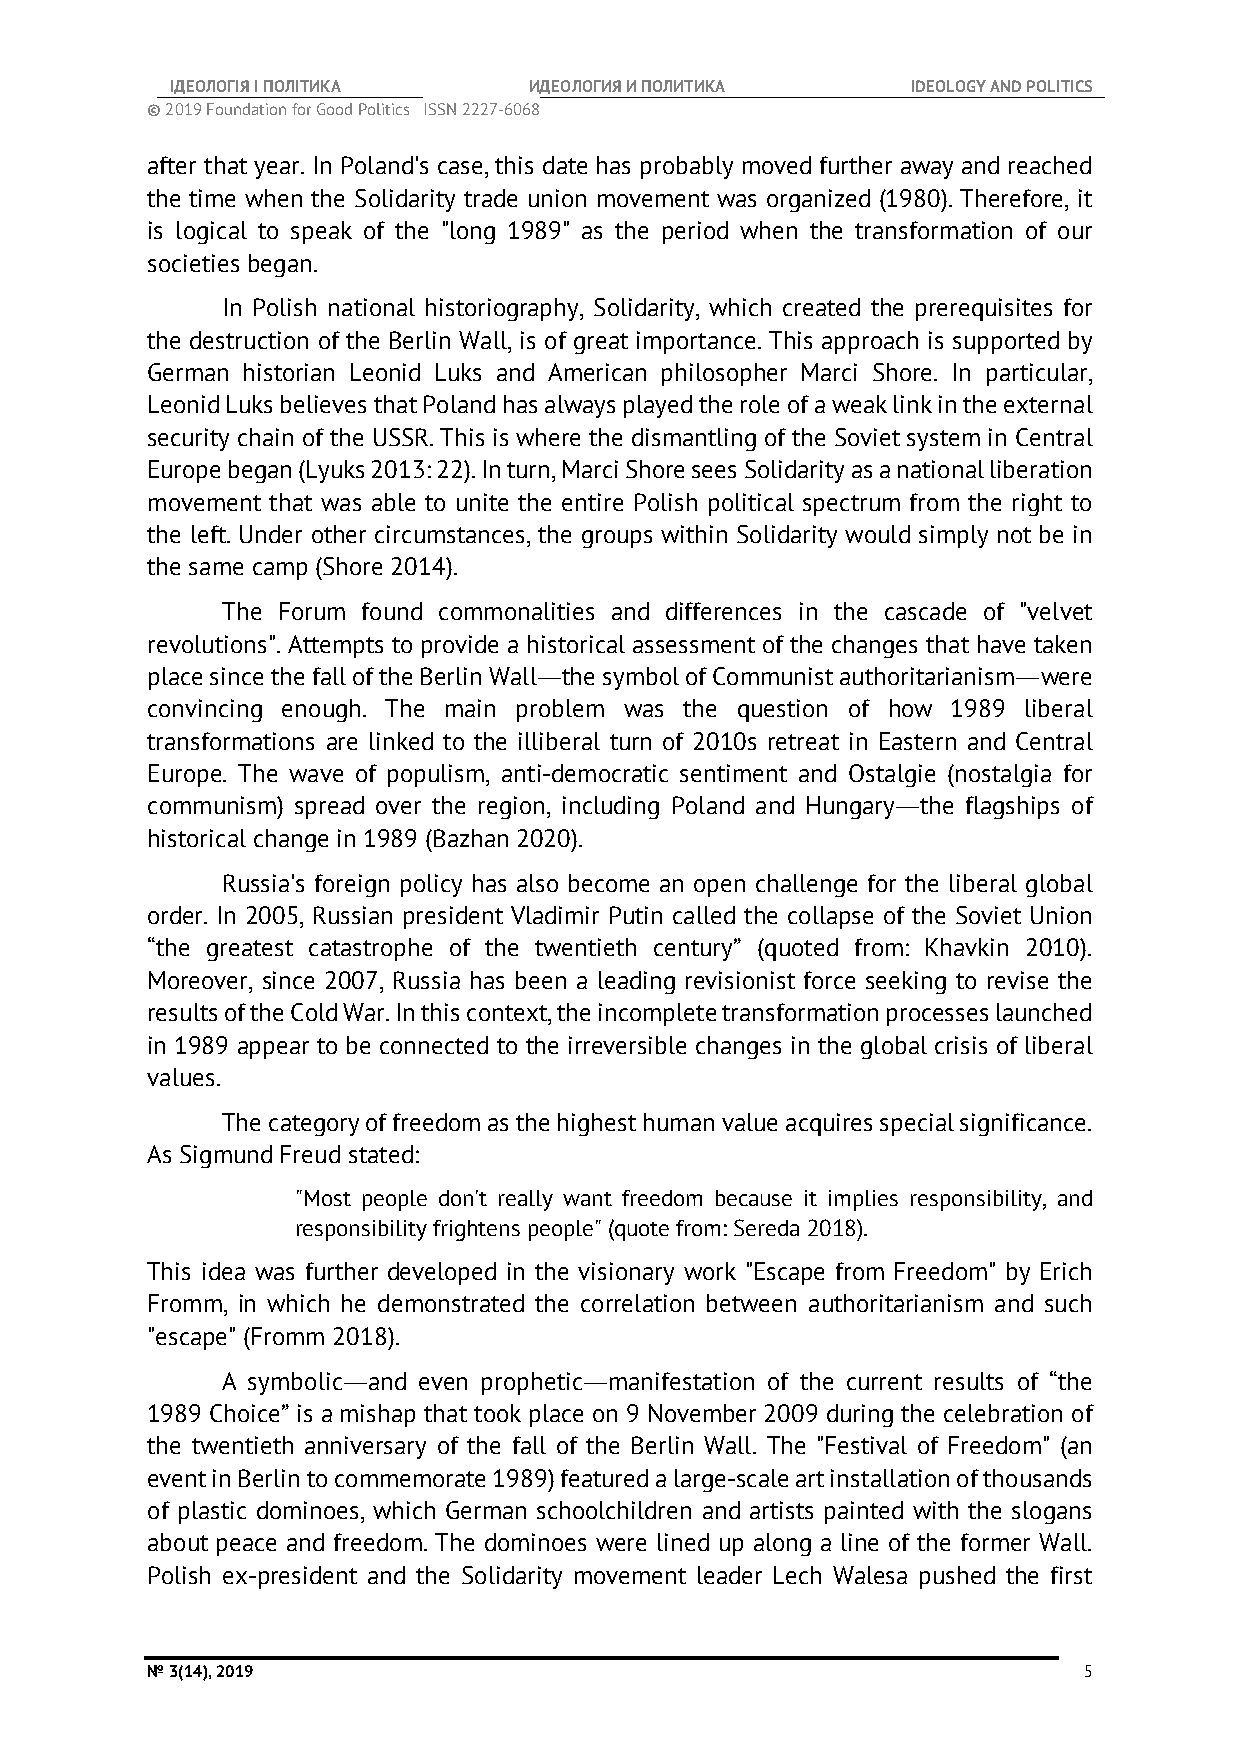
ІДЕОЛОГІЯ І ПОЛІТИКА    ИДЕОЛОГИЯ И ПОЛИТИКА     IDEOLOGY AND POLITICS
 © 2019 Foundation for Good Politics ISSN 2227-6068
 after that year. In Poland's case, this date has probably moved further away and reached
 the time when the Solidarity trade union movement was organized (1980). Therefore, it
 is logical to speak of the "long 1989" as the period when the transformation of our
 societies began.
 In Polish national historiography, Solidarity, which created the prerequisites for
 the destruction of the Berlin Wall, is of great importance. This approach is supported by
 German historian Leonid Luks and American philosopher Marci Shore. In particular,
 Leonid Luks believes that Poland has always played the role of a weak link in the external
 security chain of the USSR. This is where the dismantling of the Soviet system in Central
 Europe began (Lyuks 2013: 22). In turn, Marci Shore sees Solidarity as a national liberation
 movement that was able to unite the entire Polish political spectrum from the right to
 the left. Under other circumstances, the groups within Solidarity would simply not be in
 the same camp (Shore 2014).
 The Forum found commonalities and differences in the cascade of "velvet
 revolutions". Attempts to provide a historical assessment of the changes that have taken
 place since the fall of the Berlin Wall―the symbol of Communist authoritarianism―were
 convincing enough. The main problem was the question of how 1989 liberal
 transformations are linked to the illiberal turn of 2010s retreat in Eastern and Central
 Europe. The wave of populism, anti-democratic sentiment and Ostalgie (nostalgia for
 communism) spread over the region, including Poland and Hungary―the flagships of
 historical change in 1989 (Bazhan 2020).
 Russia's foreign policy has also become an open challenge for the liberal global
 order. In 2005, Russian president Vladimir Putin called the collapse of the Soviet Union
 “the greatest catastrophe of the twentieth century” (quoted from: Khavkin 2010).
 Moreover, since 2007, Russia has been a leading revisionist force seeking to revise the
 results of the Cold War. In this context, the incomplete transformation processes launched
 in 1989 appear to be connected to the irreversible changes in the global crisis of liberal
 values.
 The category of freedom as the highest human value acquires special significance.
 As Sigmund Freud stated:
 "Most people don't really want freedom because it implies responsibility, and
 responsibility frightens people" (quote from: Sereda 2018).
 This idea was further developed in the visionary work "Escape from Freedom" by Erich
 Fromm, in which he demonstrated the correlation between authoritarianism and such
 "escape" (Fromm 2018).
 A symbolic―and even prophetic―manifestation of the current results of “the
 1989 Choice” is a mishap that took place on 9 November 2009 during the celebration of
 the twentieth anniversary of the fall of the Berlin Wall. The "Festival of Freedom" (an
 event in Berlin to commemorate 1989) featured a large-scale art installation of thousands
 of plastic dominoes, which German schoolchildren and artists painted with the slogans
 about peace and freedom. The dominoes were lined up along a line of the former Wall.
 Polish ex-president and the Solidarity movement leader Lech Walesa pushed the first
 № 3(14), 2019                                                 5